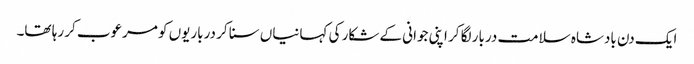
ایک دن بادشاہ سلامت دربار لگا کر اپنی جوانی کے شکار کی کہانیاں سنا کر درباریوں کو مرعوب کر رہا تھا۔